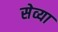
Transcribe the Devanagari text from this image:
सेव्या